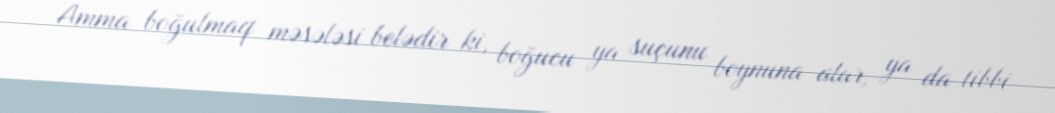
Amma boğulmaq məsələsi belədir ki, boğucu ya suçunu boynuna alar, ya da tibbi